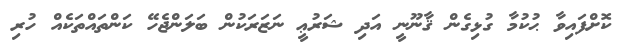
ކޮށްފައިވާ ޙުކުމާ ގުޅިގެން ޤާނޫނީ އަދި ޝަރުޢީ ނަޒަރަކުން ބަލަންޖެހޭ ކަންތައްތަކެއް ހުރި